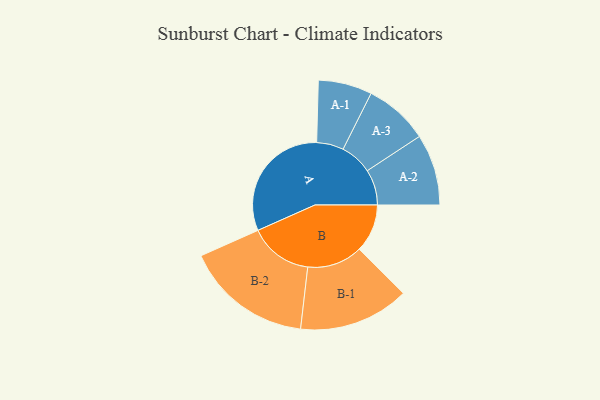
{"axis": {"x": "Segment", "y": "Value"}, "legend": ["", "A", "B"], "data": [{"x": "A", "y": 496, "type": ""}, {"x": "B", "y": 193, "type": ""}, {"x": "A-1", "y": 108, "type": "A"}, {"x": "A-2", "y": 143, "type": "A"}, {"x": "A-3", "y": 129, "type": "A"}, {"x": "B-1", "y": 222, "type": "B"}, {"x": "B-2", "y": 255, "type": "B"}]}